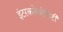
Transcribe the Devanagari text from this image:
इंटरकनेक्टेविटी